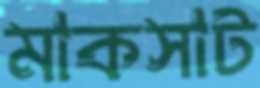
মাকসাট